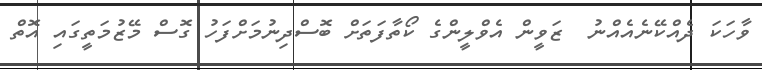
ވާހަކަ ދެއްކޭނެއެއްނު  ޒަވީން އެވްލީންގެ ކޯތާފަތަށް ބޮސްދިނުމަށްފަހު ގޮސް މޭޒުމަތީގައި އޮތް